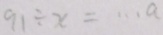
9 1 \div x = \cdots a